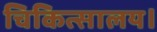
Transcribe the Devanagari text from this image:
चिकित्सालय।